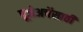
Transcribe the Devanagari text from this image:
पूजेअर्चेसाठी